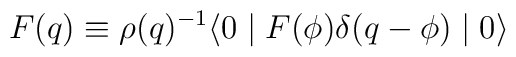
F(q) \equiv \rho(q)^{-1} \langle 0 \mid F(\phi) \delta(q-\phi) \mid 0 \rangle